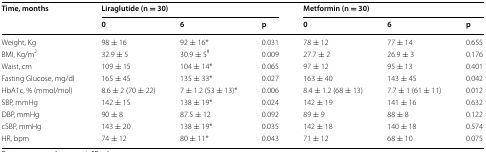
<table><thead><tr><td rowspan="2"><b>Time, months</b></td><td colspan="3"><b>Liraglutide (n = 30)</b></td><td colspan="3"><b>Metformin (n = 30)</b></td></tr><tr><td><b>0</b></td><td><b>6</b></td><td><b>p</b></td><td><b>0</b></td><td><b>6</b></td><td><b>p</b></td></tr></thead><tbody><tr><td>Weight, Kg</td><td>98 ± 16</td><td>92 ± 16*</td><td>0.031</td><td>78 ± 12</td><td>77 ± 14</td><td>0.655</td></tr><tr><td>BMI, Kg/m<sup>2</sup></td><td>32.9 ± 5</td><td>30.9 ± 5<sup>#</sup></td><td>0.009</td><td>27.7 ± 2</td><td>26.9 ± 3</td><td>0.176</td></tr><tr><td>Waist, cm</td><td>109 ± 15</td><td>104 ± 14*</td><td>0.065</td><td>97 ± 12</td><td>95 ± 13</td><td>0.401</td></tr><tr><td>Fasting Glucose, mg/dl</td><td>165 ± 45</td><td>135 ± 33*</td><td>0.027</td><td>163 ± 40</td><td>143 ± 45</td><td>0.042</td></tr><tr><td>HbA1c, % (mmol/mol)</td><td>8.6 ± 2 (70 ± 22)</td><td>7 ± 1.2 (53 ± 13)*</td><td>0.006</td><td>8.4 ± 1.2 (68 ± 13)</td><td>7.7 ± 1 (61 ± 11)</td><td>0.012</td></tr><tr><td>SBP, mmHg</td><td>142 ± 15</td><td>138 ± 19*</td><td>0.024</td><td>142 ± 19</td><td>141 ± 16</td><td>0.632</td></tr><tr><td>DBP, mmHg</td><td>90 ± 8</td><td>87.5 ± 12</td><td>0.092</td><td>89 ± 9</td><td>88 ± 8</td><td>0.122</td></tr><tr><td>cSBP, mmHg</td><td>143 ± 20</td><td>138 ± 19*</td><td>0.035</td><td>142 ± 18</td><td>140 ± 18</td><td>0.574</td></tr><tr><td>HR, bpm</td><td>74 ± 12</td><td>80 ± 11*</td><td>0.043</td><td>71 ± 12</td><td>68 ± 10</td><td>0.075</td></tr></tbody></table>